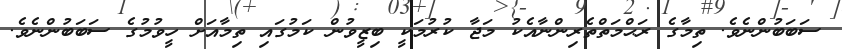
ސަބަބުންނެވެ. ތިމާގެ ރަޙްމަތްތެރިންނާއެކު މަޖާ ކުރުމަކީ ބިޒީވުން ކަމުގައި ތިމާއަށް ހީވުމުގެ ސަބަބުންނެވެ.